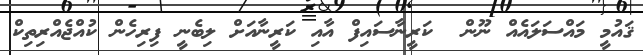
ޤައުމީ މައްސަލައެއް ނޫން  ކަރީނާސައިފް އާއި ކަރީނާއަށް ލިބެނީ ފިރިހެން ކުއްޖެއްރިތިކް